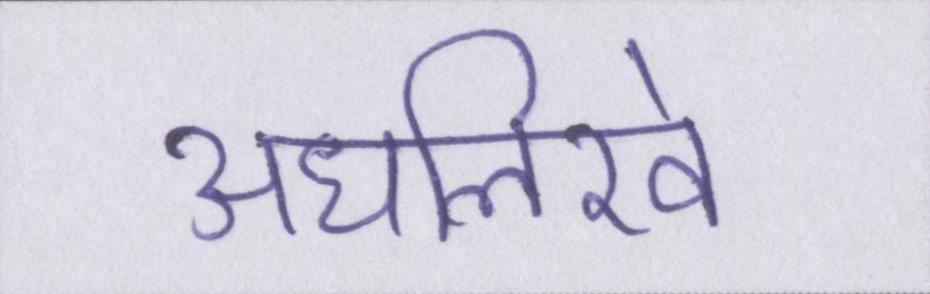
अधलिखे